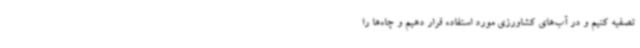
تصفیه کنیم و در آب‌های کشاورزی مورد استفاده قرار دهیم و چاه‌ها را